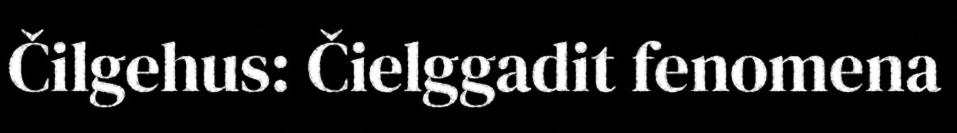
Čilgehus: Čielggadit fenomena